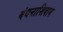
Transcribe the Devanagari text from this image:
बंधनाशिवाय